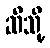
ဆီသို့